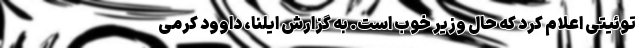
توئیتی اعلام کرد که حال وزیر خوب است. به گزارش ایلنا، داوود کرمی